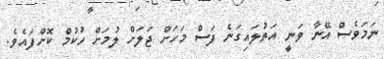
ނަމަވެސް އޭނާ ވަނީ އަތުލައިގަނެ ފަސް މަހަށް ޖަލަށް ލުމަށް ހުކުމް ކޮށްފައެވެ.